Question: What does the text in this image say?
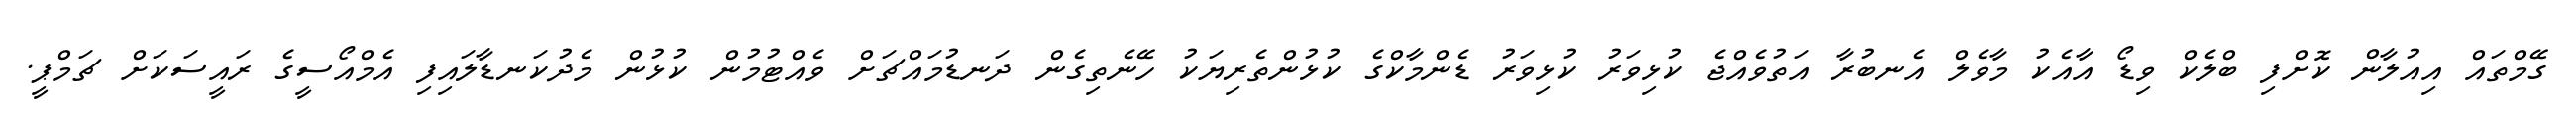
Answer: ގޭމްތައް އިއުލާން ކޮށްފި ބްލެކް ވިޑޯ އާއެކު މާވެލް އެނބުރާ އަތުވެއްޖެ ކުޅިވަރު ކުޅިވަރު ޑެންމާކްގެ ކުޅުންތެރިޔަކު ހޭނެތިގެން ދަނޑުމައްޗަށް ވެއްޓުމުން ކުޅުން މެދުކަނޑާލައިފި އެމްއޯސީގެ ރައީސަކަށް ޗަމްޕީ.